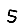
Digit: 5